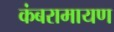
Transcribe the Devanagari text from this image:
कंबरामायण